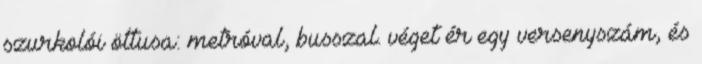
szurkolói öttusa: metróval, busszal. véget ér egy versenyszám, és